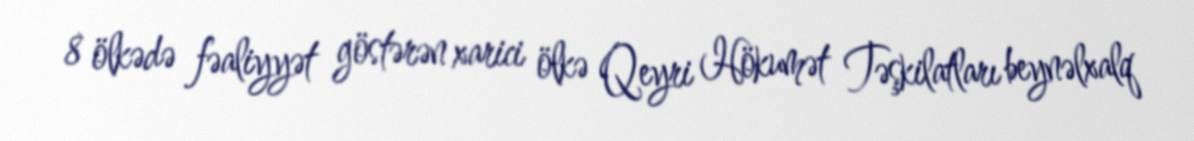
8 ölkədə fəaliyyət göstərən xarici ölkə Qeyri Hökumət Təşkilatları beynəlxalq